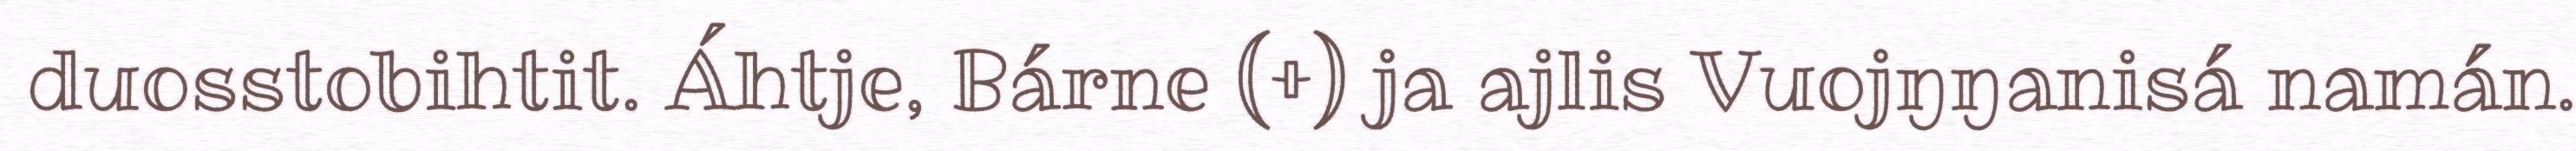
duosstobihtit. Áhtje, Bárne (+) ja ajlis Vuojŋŋanisá namán.